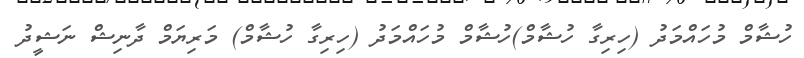
ހުޝާމް މުހައްމަދު (ހިރިގާ ހުޝާމް)ހުޝާމް މުހައްމަދު (ހިރިގާ ހުޝާމް) މަރިޔަމް ދާނިޝް ނަޝީދު